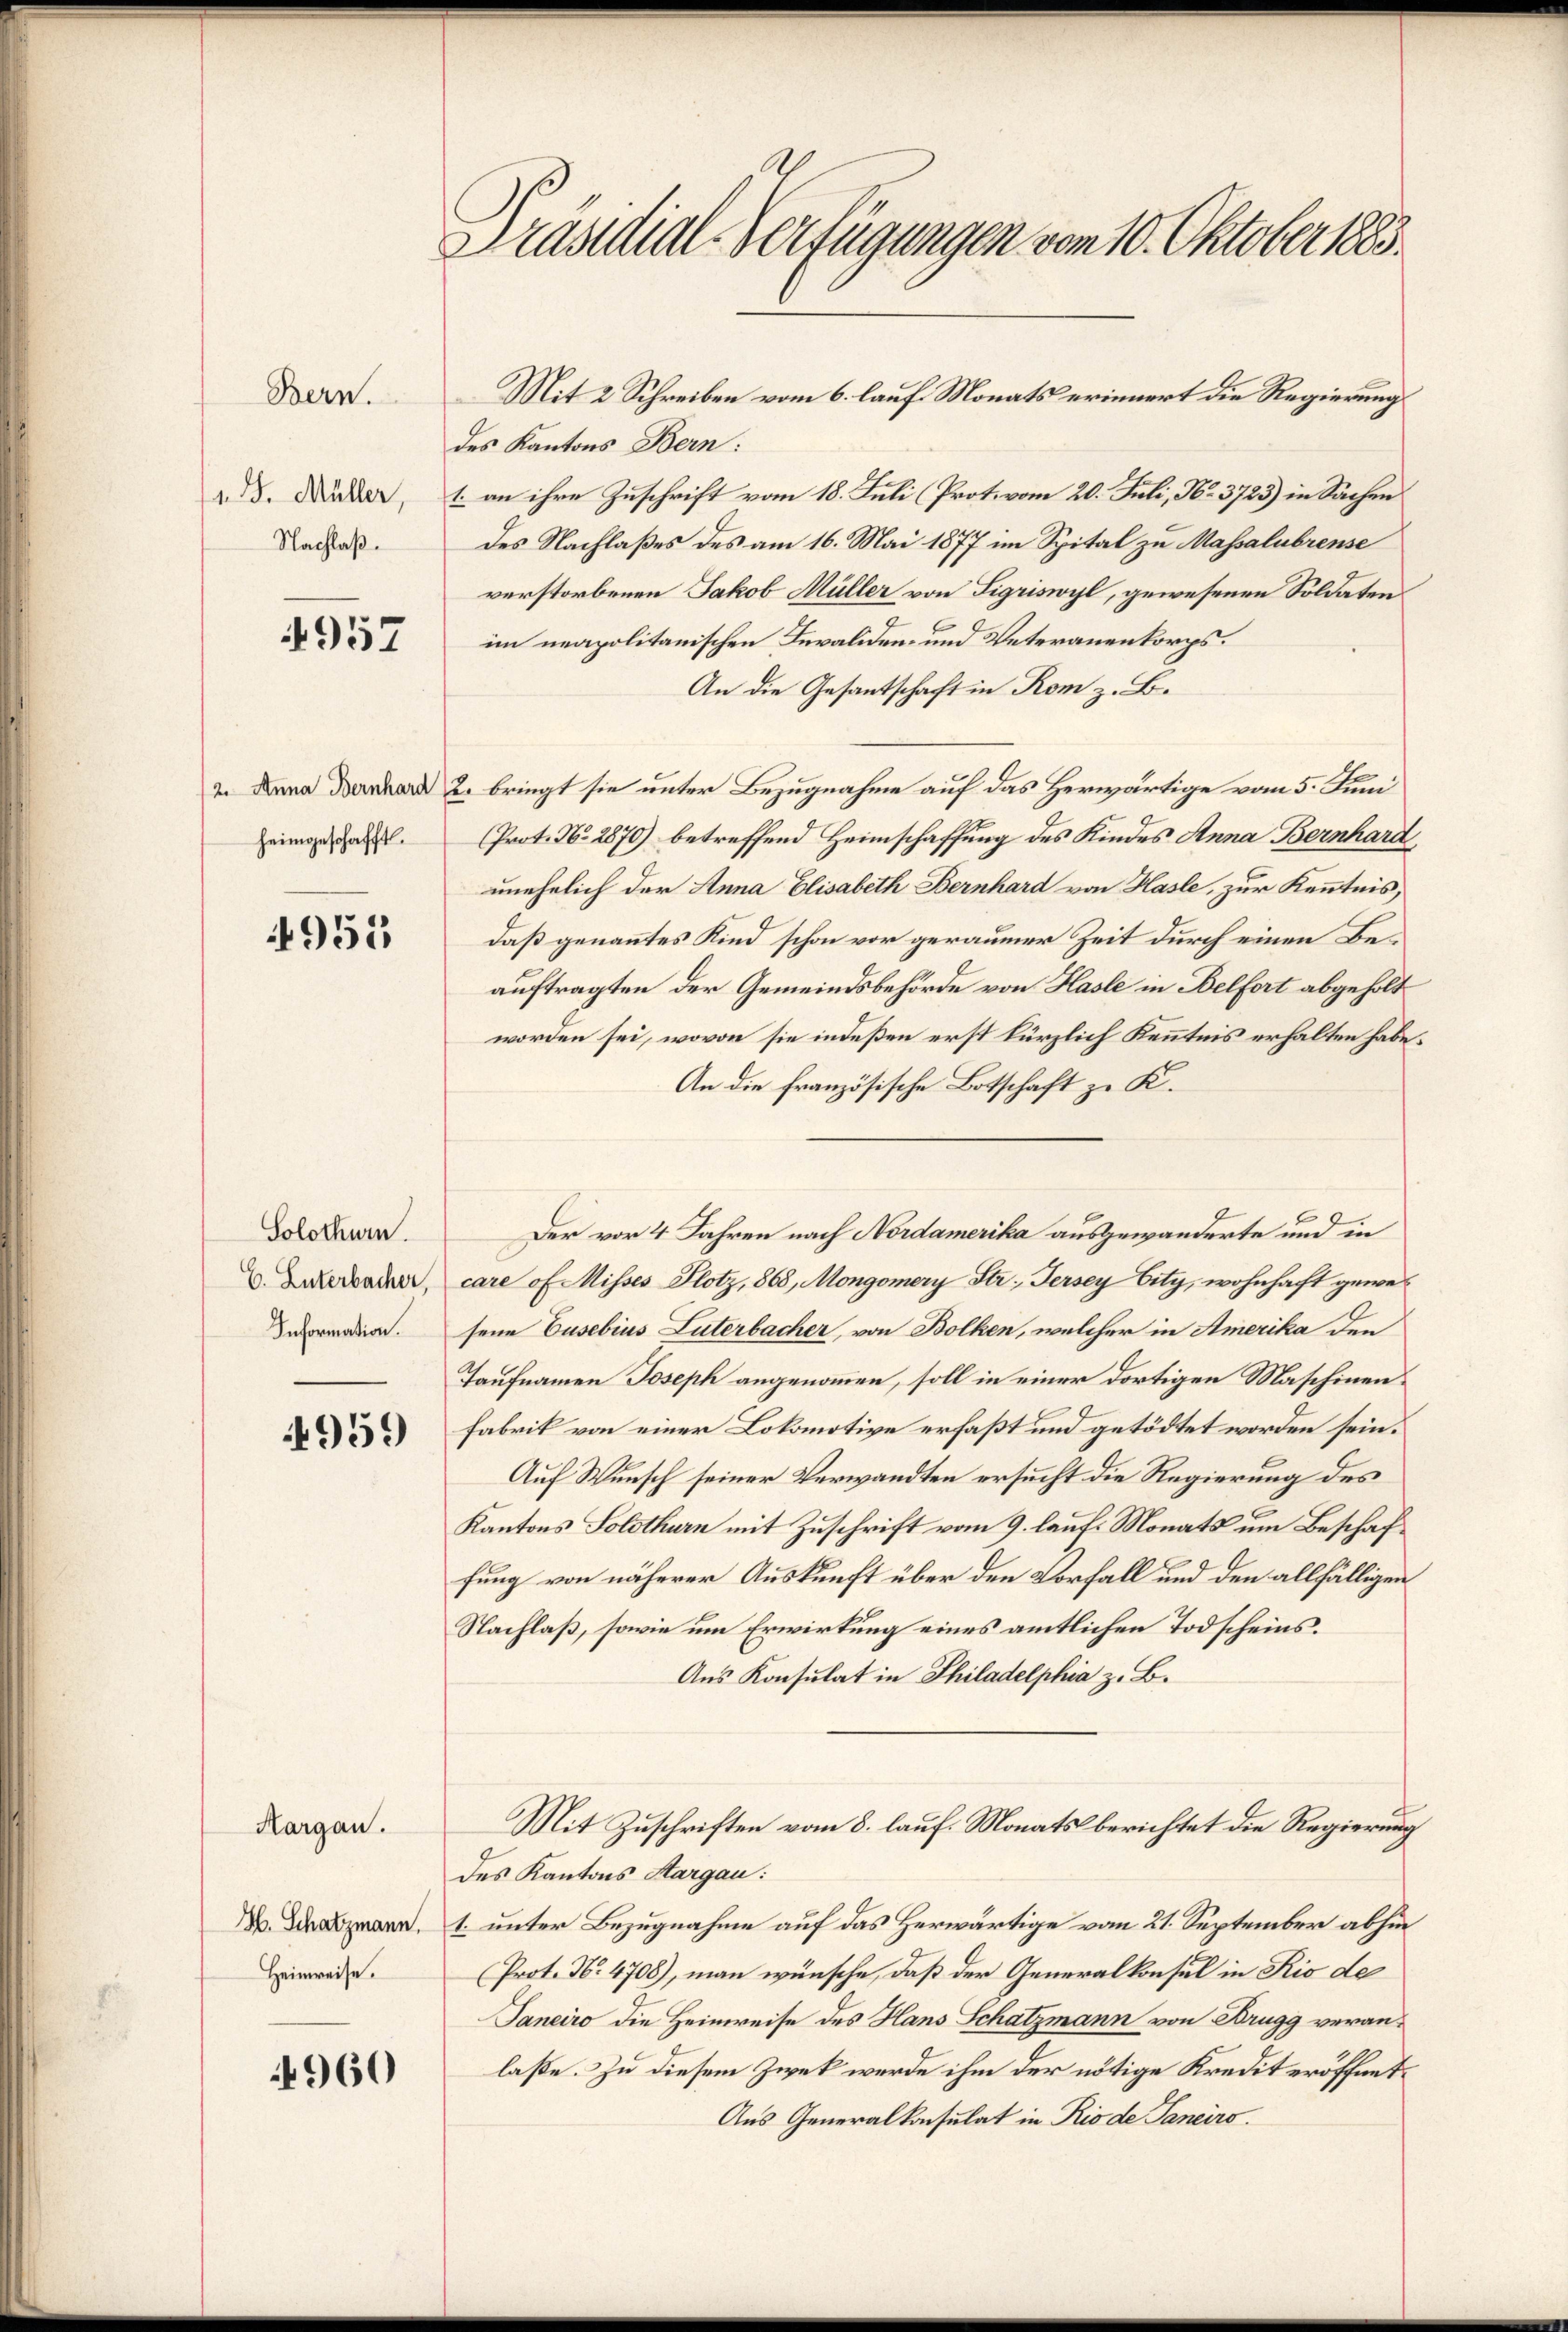
1 J. Müller,
Nachlaß.

Bern.

4957

heimgeschafft.

4953

Solothurn.
C. Luterbacher,
Information.

4959

Hargau.
H. Schatzmann.
Heimreise.

960

Präsidial-Verfügungen vom 10. Oktober 1885.

Mit 2 Schreiben vom 6. lauf Monats erinnert die Regierung
des Kantons Bern:
1. an ihre Zuschrift vom 18. Juli (Prot. vom 20. Juli, No. 3723) in Sachen
des Nachlaßes des am 16. Mai 1877 im Spital zu Massalubrense
verstorbenen Jakob Müller von Sigriswyl, gewesenen Soldaten
im neapolitanischen Invaliden- und Veteranenkorps.
An die Gesantschaft in Rom z. B.
2. Dana der 2. bringt sie unter Bezugnahme auf das Herwärtige vom 5. Juni
Prot. N. 2870) betreffend Heimschaffung des Kindes Anna Bernhard,
unehelich der Anna Elisabeth Bernhard von Hasle, zur Kenntnis,
daß genanntes Kind schon vor geraumer Zeit durch einen Beauftragten der Gemeindsbehörde von Hasle in Belfort abgeholt
worden sei, wovon sie indeßen erst kürzlich Kenntnis erhalten habe.
An die französische Botschaft zu K.
Der vor 4 Jahren nach Nordamerika ausgewanderte und in
care of Misses Plotz, 868, Mongomery Str. Fersey Eity, wohnhaft gewesene Busebius Luterbacher, von Bolken, welcher in Amerika den
Taufnamen Joseph angenommen, soll in einer dortigen Maschinenfabrik von einer Lokomotive erfaßt und getödtet worden sein.
Auf Wunsch seiner Verwandten ersucht die Regierung des
Kantons Solothurn mit Zuschrift vom 9. lauf. Monats um Beschaffung von näherer Auskunft über den Vorfall und den allfälligen
Nachlaß, sowie um Erwirkung eines amtlichen Todscheins¬
Aus Konsulat in Philadelphia z. B.
Mit Zuschriften vom 8. lauf Monatsberichtet die Regierung
des Kantons Aargau:
1. unter Bezugnahme auf das Herwärtige vom 21. September abhin
(Prot. N. 4708), man wünsche, daß der Generalkonsul in Rio de
Janeiro die Heimreise des Hans Schatzmann von Brugg veranlaße. Zu diesem Zwek werde ihm der nötige Kredit eröffnet,
Aus Generalkonsulat in Rio de Janeiro